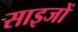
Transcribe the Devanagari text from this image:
साइजों